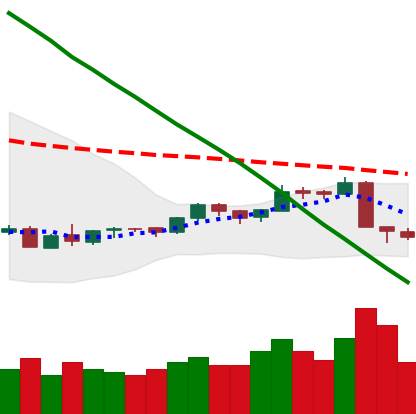
Ticker: LTC-USD
Chart end date: 2018-09-07
Forward return: -8.081%
Label: down_7plus